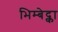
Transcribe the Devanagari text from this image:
भिम्बेद्का